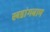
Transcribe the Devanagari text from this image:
खडांगबाम